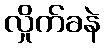
လှိုက်ခနဲ